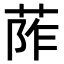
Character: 𦰼